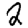
Digit: 2